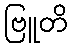
ဗြူတိ